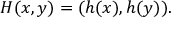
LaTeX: H ( x , y ) = ( h ( x ) , h ( y ) ) .